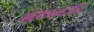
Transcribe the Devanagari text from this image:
खेमचन्दजींचे